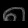
Digit: ၈